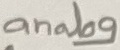
Text: analog